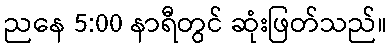
ညနေ 5:00 နာရီတွင် ဆုံးဖြတ်သည်။